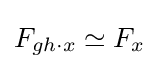
F_{gh\cdot x}\simeq F_{x}